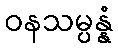
ဝနသမ္ပန္နံ